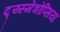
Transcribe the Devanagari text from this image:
द्य्स्मेत्रोप्सिया